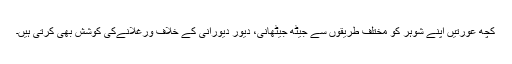
کچھ عورتیں اپنے شوہر کو مختلف طریقوں سے جیٹھ جیٹھانی، دیور دیورانی کے خلاف ورغلانےکی کوشش بھی کرتی ہیں۔